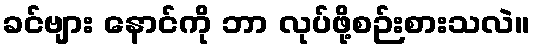
ခင်ဗျား နောင်ကို ဘာ လုပ်ဖို့စဉ်းစားသလဲ။